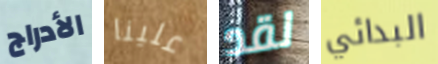
الأدراج علينا لقد البدائي